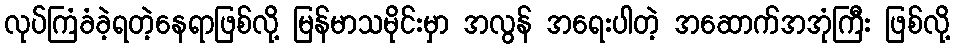
လုပ်ကြံခံခဲ့ရတဲ့နေရာဖြစ်လို့ မြန်မာသမိုင်းမှာ အလွန် အရေးပါတဲ့ အဆောက်အအုံကြီး ဖြစ်လို့